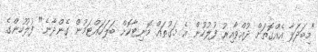
"މިބަދަލާ އެއްގޮތަށް ދުއްވާއިރު ފުލުހުން އެ މަގުތައް މޮނިޓާކޮށް ބަލަހައްޓަމުން ގެންދާނެ" ފުލުހުންގެ